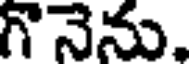
గొనెను,